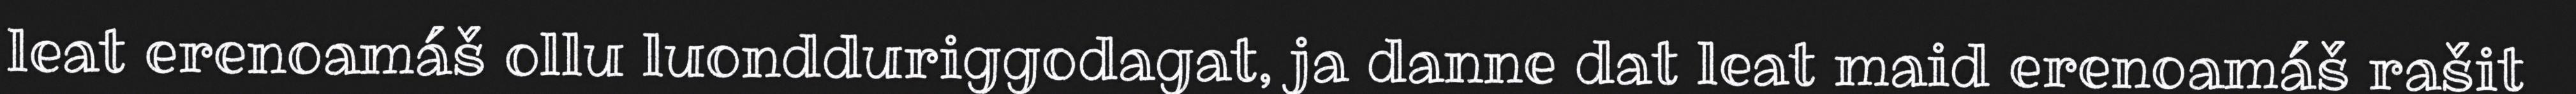
leat erenoamáš ollu luondduriggodagat, ja danne dat leat maid erenoamáš rašit